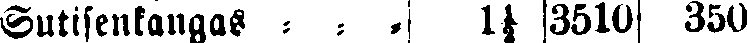
Sutisenkangas - - - 1½ 3510 350